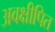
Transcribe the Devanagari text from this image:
अवक्षीपित